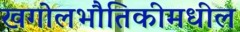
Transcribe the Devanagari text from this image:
खगोलभौतिकीमधील